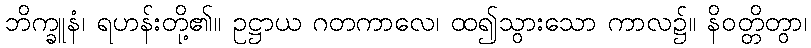
ဘိက္ခူနံ၊ ရဟန်းတို့၏။ ဥဋ္ဌာယ ဂတကာလေ၊ ထ၍သွားသော ကာလ၌။ နိဝတ္တိတွာ၊